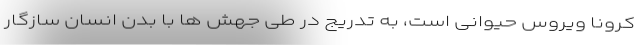
کرونا ویروس حیوانی است، به تدریج در طی جهش ها با بدن انسان سازگار